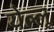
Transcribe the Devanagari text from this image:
येल्लू